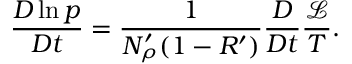
\frac { D \ln p } { D t } = \frac { 1 } { N _ { \rho } ^ { \prime } ( 1 - R ^ { \prime } ) } \frac { D } { D t } \frac { \mathcal { L } } { T } .